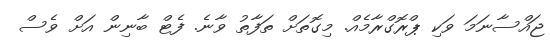
ޖައްސާނަމަ ވަކި ޕްރޮގްރާމެއް. މިގޮތަށް ތަފާތު ވާނެ. ފެޓް ބާނިން އަށް ވެސް